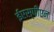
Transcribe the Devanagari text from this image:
ईएस्‌पीएन